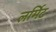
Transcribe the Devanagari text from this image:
लर्मिट